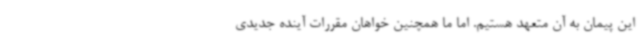
این پیمان به آن متعهد هستیم. اما ما همچنین خواهان مقررات آینده جدیدی